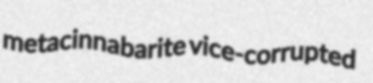
metacinnabarite vice-corrupted